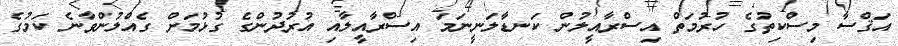
އަޤްސާ މިސްކިތުގެ ހުރުމަތް އިސްރާއީލުން ކަނޑާލަނީނަމަ އިސްރާއީލާއި އުރުދުންގެ ގުޅުމަށް ގެއްލުންވާނެ ކަމުގެ